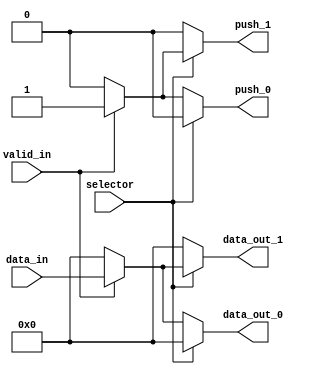
module demux (
    input [5:0] data_in,
    input valid_in,
    input selector,
    output reg [5:0] data_out_0,
    output reg [5:0] data_out_1,
    output reg push_0,
    output reg push_1);

    
    always @ (*) begin
            data_out_0 = 'b0;
            push_0 = 'b0;
            data_out_1 = 'b0;
            push_1 = 'b0;
                    
            if (selector == 0) begin 
                if (valid_in == 1) begin
                    data_out_0 = data_in;
                    push_0 = valid_in;
                end
            end

            else begin 
                if (valid_in == 1) begin
                    data_out_1 = data_in;
                    push_1  = valid_in;
                end
            end
    end 

endmodule